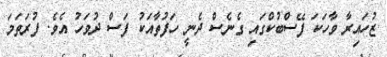
ޒުހައިރާ ވާހަކަ ފޭސްބުކްގައި ގެނެސް ދެނީ ހަފުތާއަކު ފަސް ދުވަހު އެވެ. ފުރަތަމަ